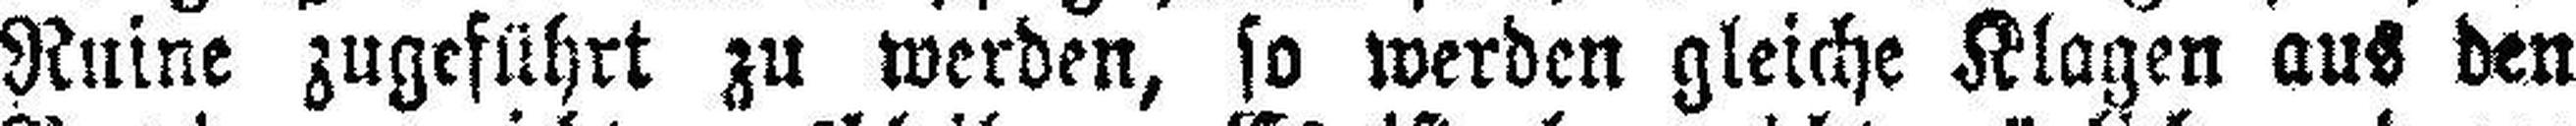
Ruine zugeführt zu werden, so werden gleiche Klagen aus den